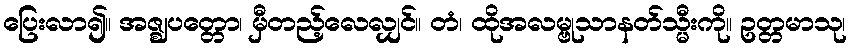
ပြေးလာ၍။ အဇ္ဈပတ္တော၊ မှီတည့်လေလျှင်။ တံ၊ ထိုအလမ္ဗုသာနတ်သ္မီးကို။ ဥတ္တမာသု၊